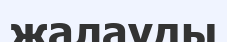
жалауды